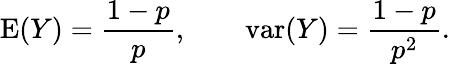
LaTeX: \operatorname{E}(Y)={\frac{1-p}{p}},\qquad\operatorname{var}(Y)={\frac{1-p}{p^{2}}}.